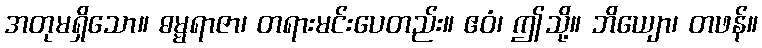
အတုမရှိသော။ ဓမ္မရာဇာ၊ တရားမင်းပေတည်း။ ဧဝံ၊ ဤသို့။ ဘိယျော၊ တဖန်။